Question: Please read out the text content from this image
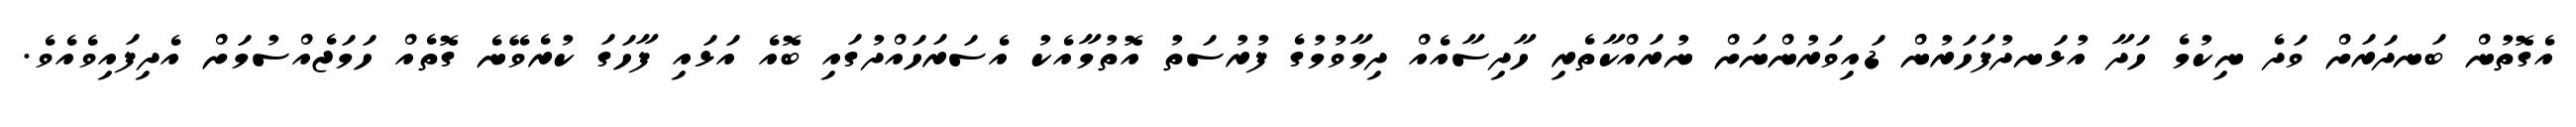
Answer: އެގޮތުން ބަނދަރަށް ވަދެ ނިކުމެ ހަދާ އުޅަނދުފަހަރުން ޑައިވަރުންނަށް ނުރައްކާތެރި ހާދިސާއެއް ދިމާވުމުގެ ފުރުސަތު އޮތުމާއެކު އެސަރަހައްދުގައި ބޮއެ އަޅައި ފާހަގަ ކުރެވޭނެ ގޮތެއް ހަމަޖެއްސުމަށް އެދިފައިވެއެވެ.